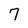
Character: 7